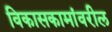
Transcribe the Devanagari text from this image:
विकासकामांवरील